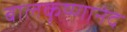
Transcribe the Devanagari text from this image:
बालकृष्णानंद